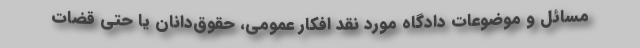
مسائل و موضوعات دادگاه مورد نقد افکار عمومی، حقوق‌دانان یا حتی قضات